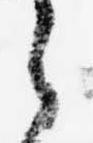
之